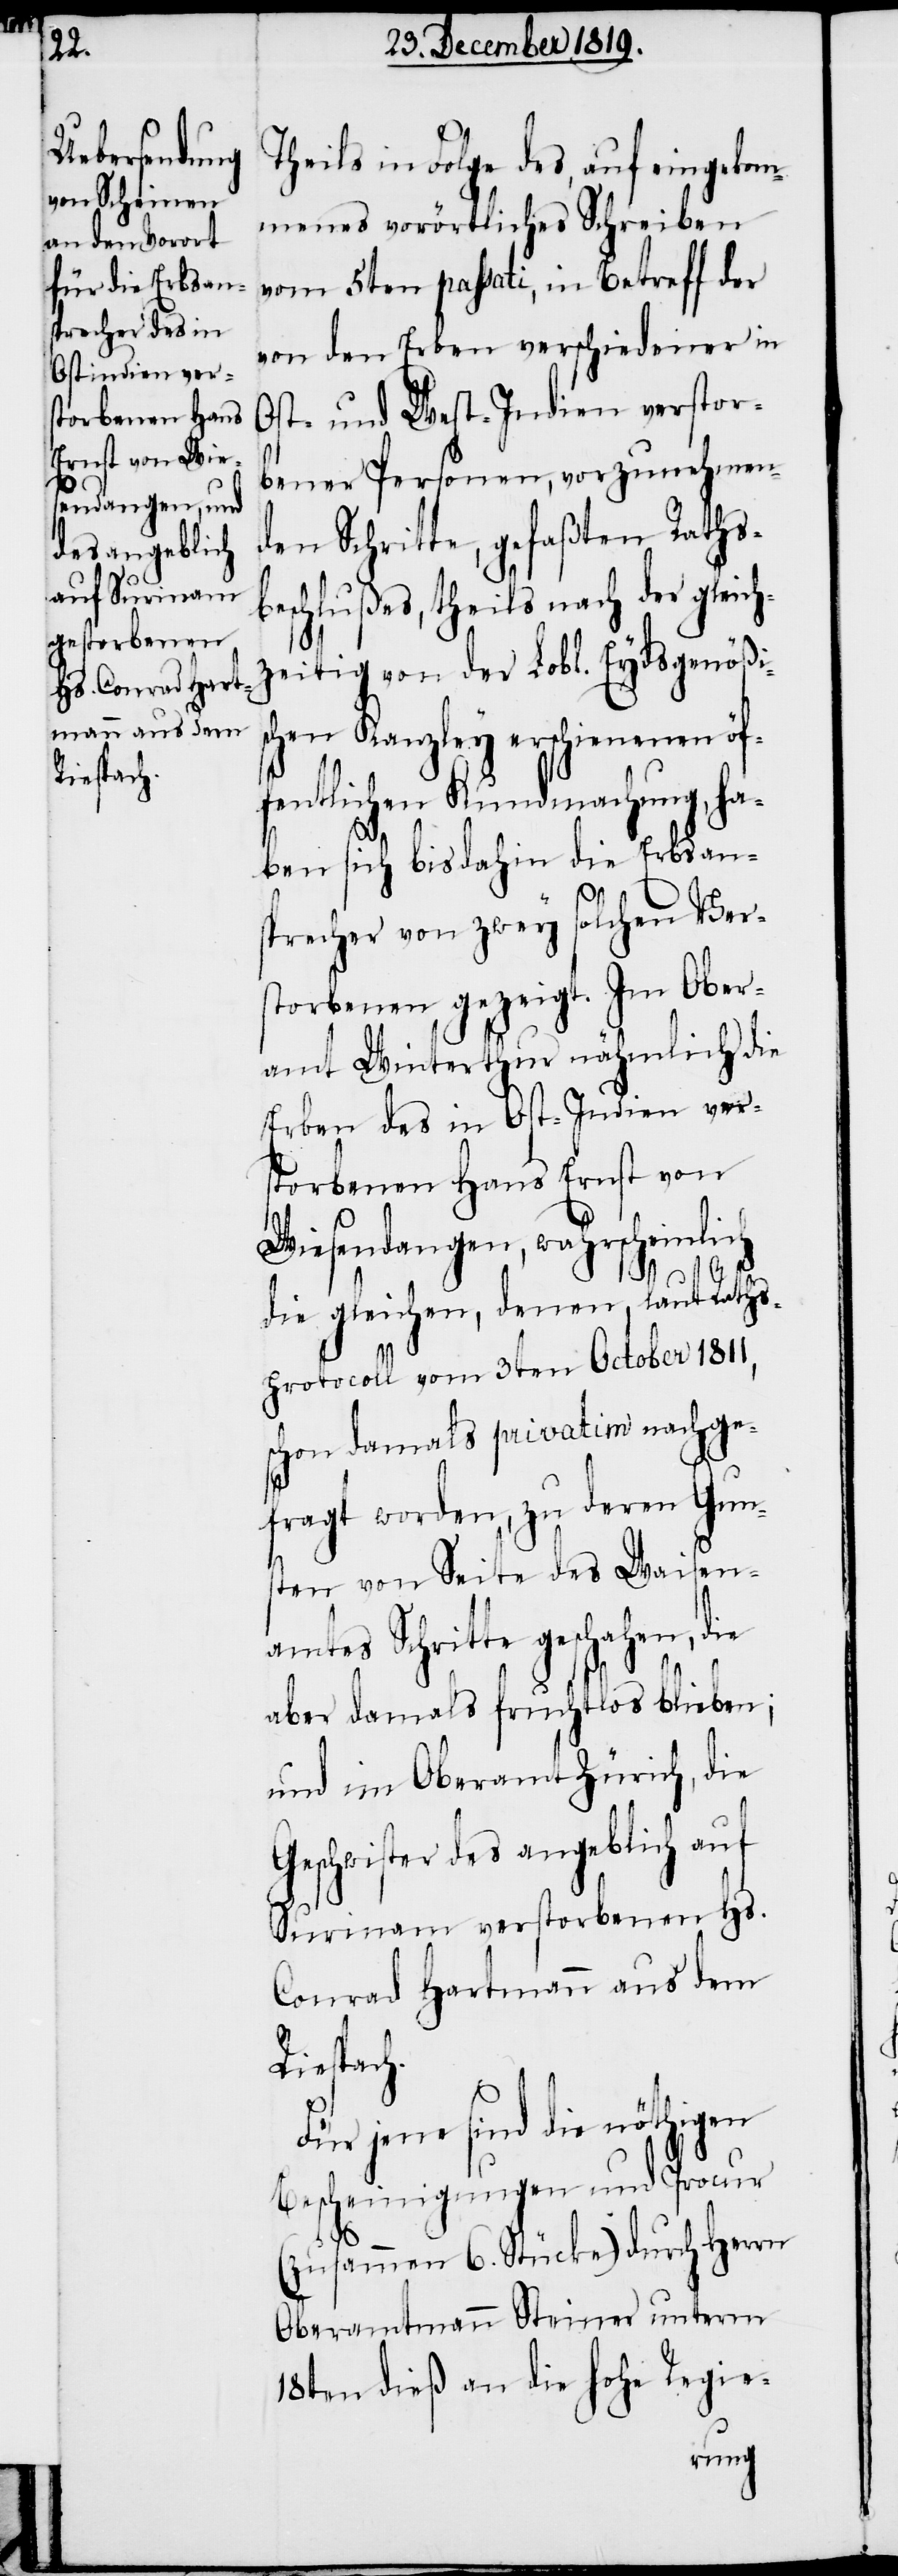
Riespach.

Theils in Folge des, auf eingekom¬
menes vorörtliches Schreiben
vom 5ten passati, in Betreff der
von den Erben verschiedener in
Ost- und West-Indien verstor¬
bener Personen, vorzunehmen¬
den Schritte, gefaßten Raths¬
beschlußes, theils nach der gleich¬
zeitig von der Lobl. Eydsgenößi¬
chen Kanzley erschienenen öf¬
fentlichen Kundmachung, ha¬
s¬
ben sich bis dahin die Erbsan¬
sprecher von zwey solchen Ver¬
storbenen gezeigt. Im Ober¬
amt Winterthur nähmlich die
Erben des in Ost-Indien ver¬
storbenen Hans Ernst von
Wiesendangen, wahrscheinlich
die gleichen, denen, laut Raths¬
protocoll vom 3ten October 1811,
schon damals privatim nachge¬
fragt worden, zu deren Gun¬
sten von Seite des Waisen¬
amtes Schritte geschahen,
aber damals fruchtlos blieben;
und im Oberamt Zürich, die
Geschwister des angeblich auf
Surinam verstorbenen Hs.
Conrad Hartmann aus dem
jene sind die nöthigen
Bescheinigungen und Procur
(zusammen 6. Stücke) durch Herrn
Oberamtmann Steiner unterm
18ten dieß an die hohe Regie-